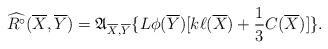
LaTeX: \begin{align*} \widehat{R^{\circ}}(\overline{X},\overline{Y})=\mathfrak{A}_{\overline{X},\overline{Y}}\{L\phi(\overline{Y})[k\ell(\overline{X}) +\frac{1}{3}C(\overline{X})]\}.\end{align*}